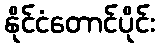
နိုင်ငံတောင်ပိုင်း